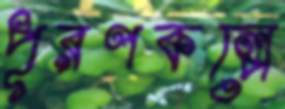
পূরণকল্পে